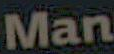
Man